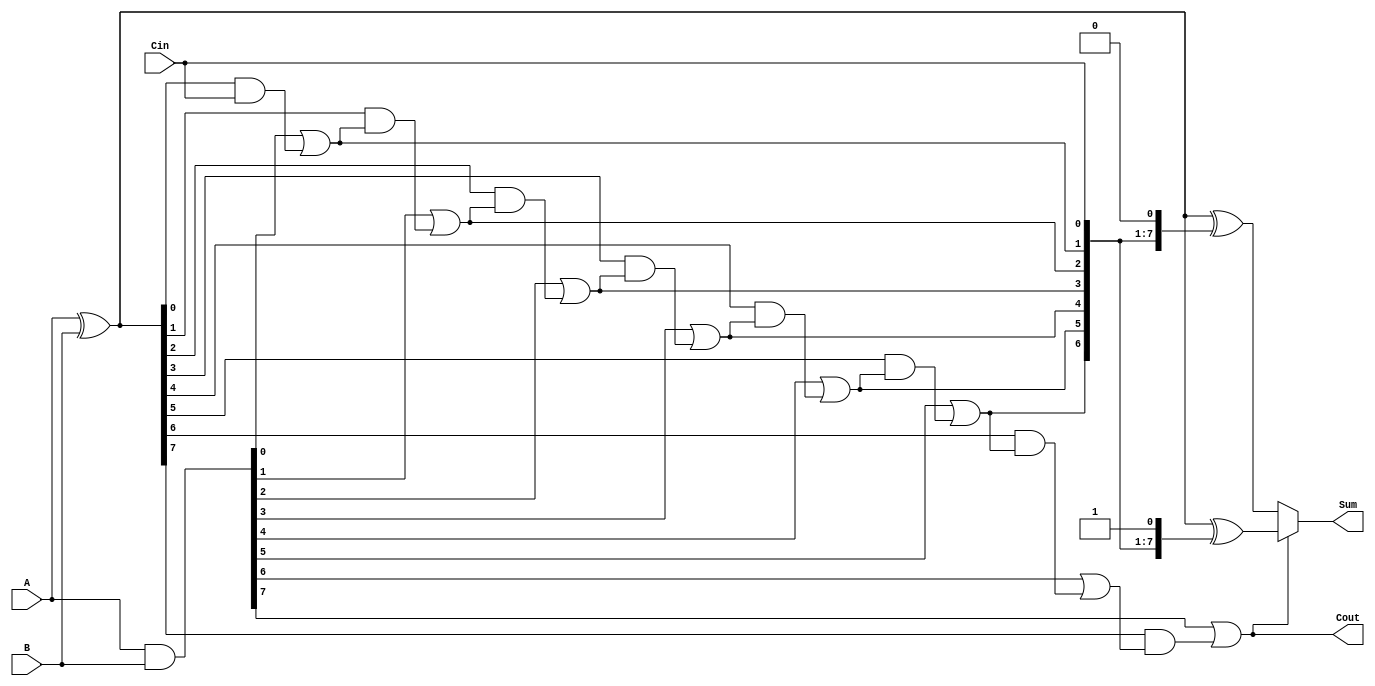
module ParallelPrefixCarrySelectAdder #(parameter n = 8) (
    input [n-1:0] A,
    input [n-1:0] B,
    input Cin,
    output [n-1:0] Sum,
    output Cout
);

    // Generate and Propagate signals
    wire [n-1:0] G; // Generate signals
    wire [n-1:0] P; // Propagate signals

    assign G = A & B; // Generate
    assign P = A ^ B; // Propagate

    // Carry signals
    wire [n:0] C; // Carry signals, C[0] = Cin
    assign C[0] = Cin;

    // Prefix tree computation for carry signals
    genvar i;
    generate
        for (i = 0; i < n; i = i + 1) begin : carry_generation
            if (i == 0) begin
                assign C[i + 1] = G[i] | (P[i] & C[i]);
            end else begin
                assign C[i + 1] = G[i] | (P[i] & C[i]);
            end
        end
    endgenerate

    // Sum calculation for each segment
    wire [n-1:0] Sum0; // Sum when Cin = 0
    wire [n-1:0] Sum1; // Sum when Cin = 1

    assign Sum0 = A ^ B ^ {C[n-1:0], 1'b0}; // Sum when Cin = 0
    assign Sum1 = A ^ B ^ {C[n-1:0], 1'b1}; // Sum when Cin = 1

    // Final Sum and Carry Output
    assign Sum = (C[n] ? Sum1 : Sum0);
    assign Cout = C[n];

endmodule